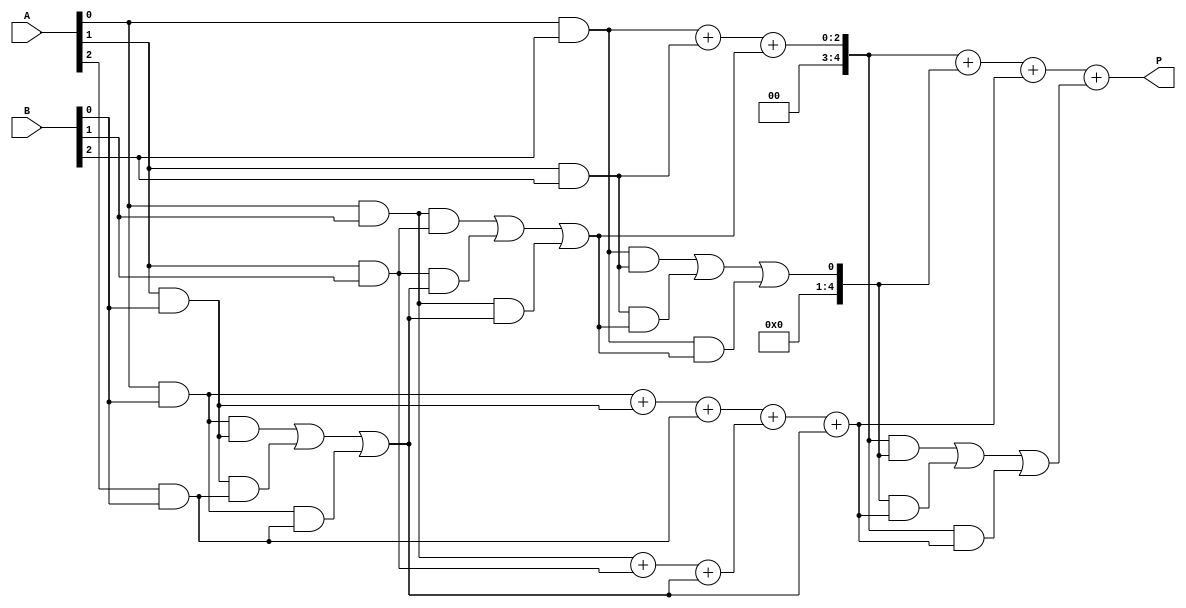
module scalable_wallace_tree_multiplier #(parameter N = 4) (
    input  wire [N-1:0] A,
    input  wire [N-1:0] B,
    output wire [2*N-1:0] P
);

    // Generate partial products
    wire [N-1:0] pp [0:N-1]; // Partial products
    genvar i, j;
    
    generate
        for (i = 0; i < N; i = i + 1) begin : pp_gen
            for (j = 0; j < N; j = j + 1) begin : pp_bit
                assign pp[i][j] = A[i] & B[j];
            end
        end
    endgenerate

    // Carry-Save Adder (CSA) structure
    wire [N:0] sum [0:N-1]; // Sum outputs from CSAs
    wire [N:0] carry [0:N-1]; // Carry outputs from CSAs

    // Level 1 CSA
    generate
        for (i = 0; i < N-1; i = i + 1) begin : CSA_level1
            if (i == 0) begin
                assign sum[i] = pp[0][i] + pp[1][i] + pp[2][i];
                assign carry[i] = (pp[0][i] & pp[1][i]) | (pp[1][i] & pp[2][i]) | (pp[0][i] & pp[2][i]);
            end else begin
                assign sum[i] = pp[0][i] + pp[1][i] + carry[i-1];
                assign carry[i] = (pp[0][i] & pp[1][i]) | (pp[1][i] & carry[i-1]) | (pp[0][i] & carry[i-1]);
            end
        end
    endgenerate

    // Level 2 CSA
    generate
        for (i = 0; i < N-2; i = i + 1) begin : CSA_level2
            assign sum[N-1+i] = sum[i] + sum[i+1] + carry[i];
            assign carry[N-1+i] = (sum[i] & sum[i+1]) | (sum[i+1] & carry[i]) | (sum[i] & carry[i]);
        end
    endgenerate

    // Final addition
    wire [2*N-1:0] final_sum;
    wire [2*N-1:0] final_carry;

    assign final_sum = {1'b0, sum[N-2]} + {1'b0, carry[N-2]} + {1'b0, sum[N-1]};
    assign final_carry = (sum[N-2] & carry[N-2]) | (carry[N-2] & {1'b0, sum[N-1]}) | (sum[N-2] & {1'b0, sum[N-1]});

    // Final product
    assign P = final_sum + final_carry;

endmodule